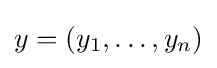
y=(y_{1},\dots ,y_{n})